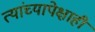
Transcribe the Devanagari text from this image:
त्यांच्यापेक्षाही